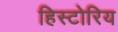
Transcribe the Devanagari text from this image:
हिस्टोरिय